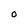
Character: O